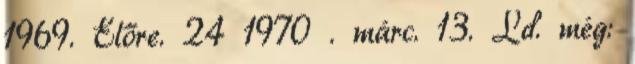
1969. Előre. 24 1970 . márc. 13. Ld. még: